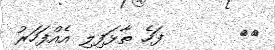
١٣       ފަހެ ތާޅަފިލި އެއްފަހަރު